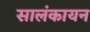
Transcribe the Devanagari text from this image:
सालंकायन